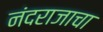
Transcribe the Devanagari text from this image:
नंदराजाचा